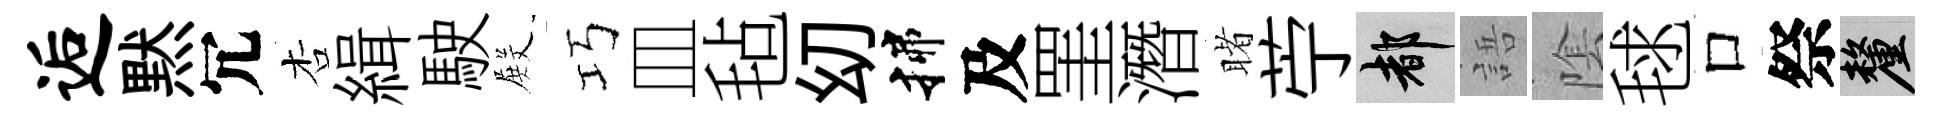
逅黙冗杏緝駛𭮺巧皿毡㓜揲及罣潛睹苧都語隂毬口祭厘